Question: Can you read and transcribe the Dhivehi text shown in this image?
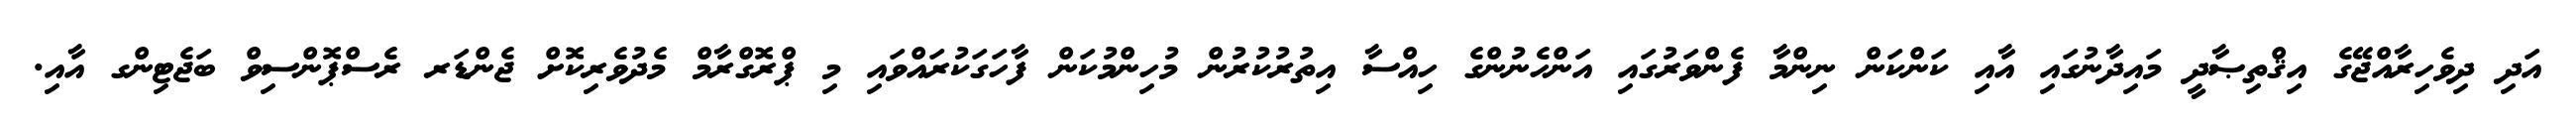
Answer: އަދި ދިވެހިރާއްޖޭގެ އިޤްތިޞާދީ މައިދާނުގައި އާއި ކަންކަން ނިންމާ ފެންވަރުގައި އަންހެނުންގެ ހިއްސާ އިތުރުކުރުން މުހިންމުކަން ފާހަގަކުރައްވައި މި ޕްރޮގްރާމް މެދުވެރިކޮށް ޖެންޑަރ ރެސްޕޮންސިވް ބަޖެޓިންގ އާއި.